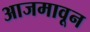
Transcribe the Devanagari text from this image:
आजमावून